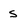
Character: s